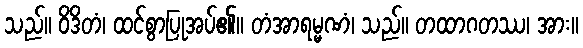
သည်။ ဝိဒိတံ၊ ထင်စွာပြုအပ်၏။ တံအာရမ္မဏံ၊ သည်။ တထာဂတဿ၊ အား။